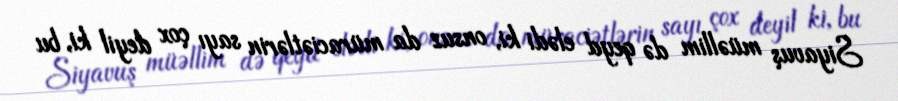
Siyavuş müəllim də qeyd elədi ki, onsuz da müraciətlərin sayı çox deyil ki, bu